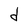
Character: d